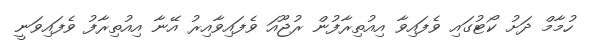
ހުމާމް ދަށު ކޯޓުގައި ވެފައިވާ އިއުތިރާފުން ރުޖޫއަ ވެފައިވާއިރު އޭނާ އިއުތިރާފު ވެފައިވަނީ